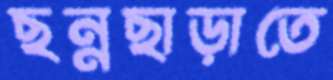
ছন্নছাড়াতে